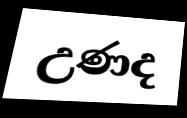
උණද